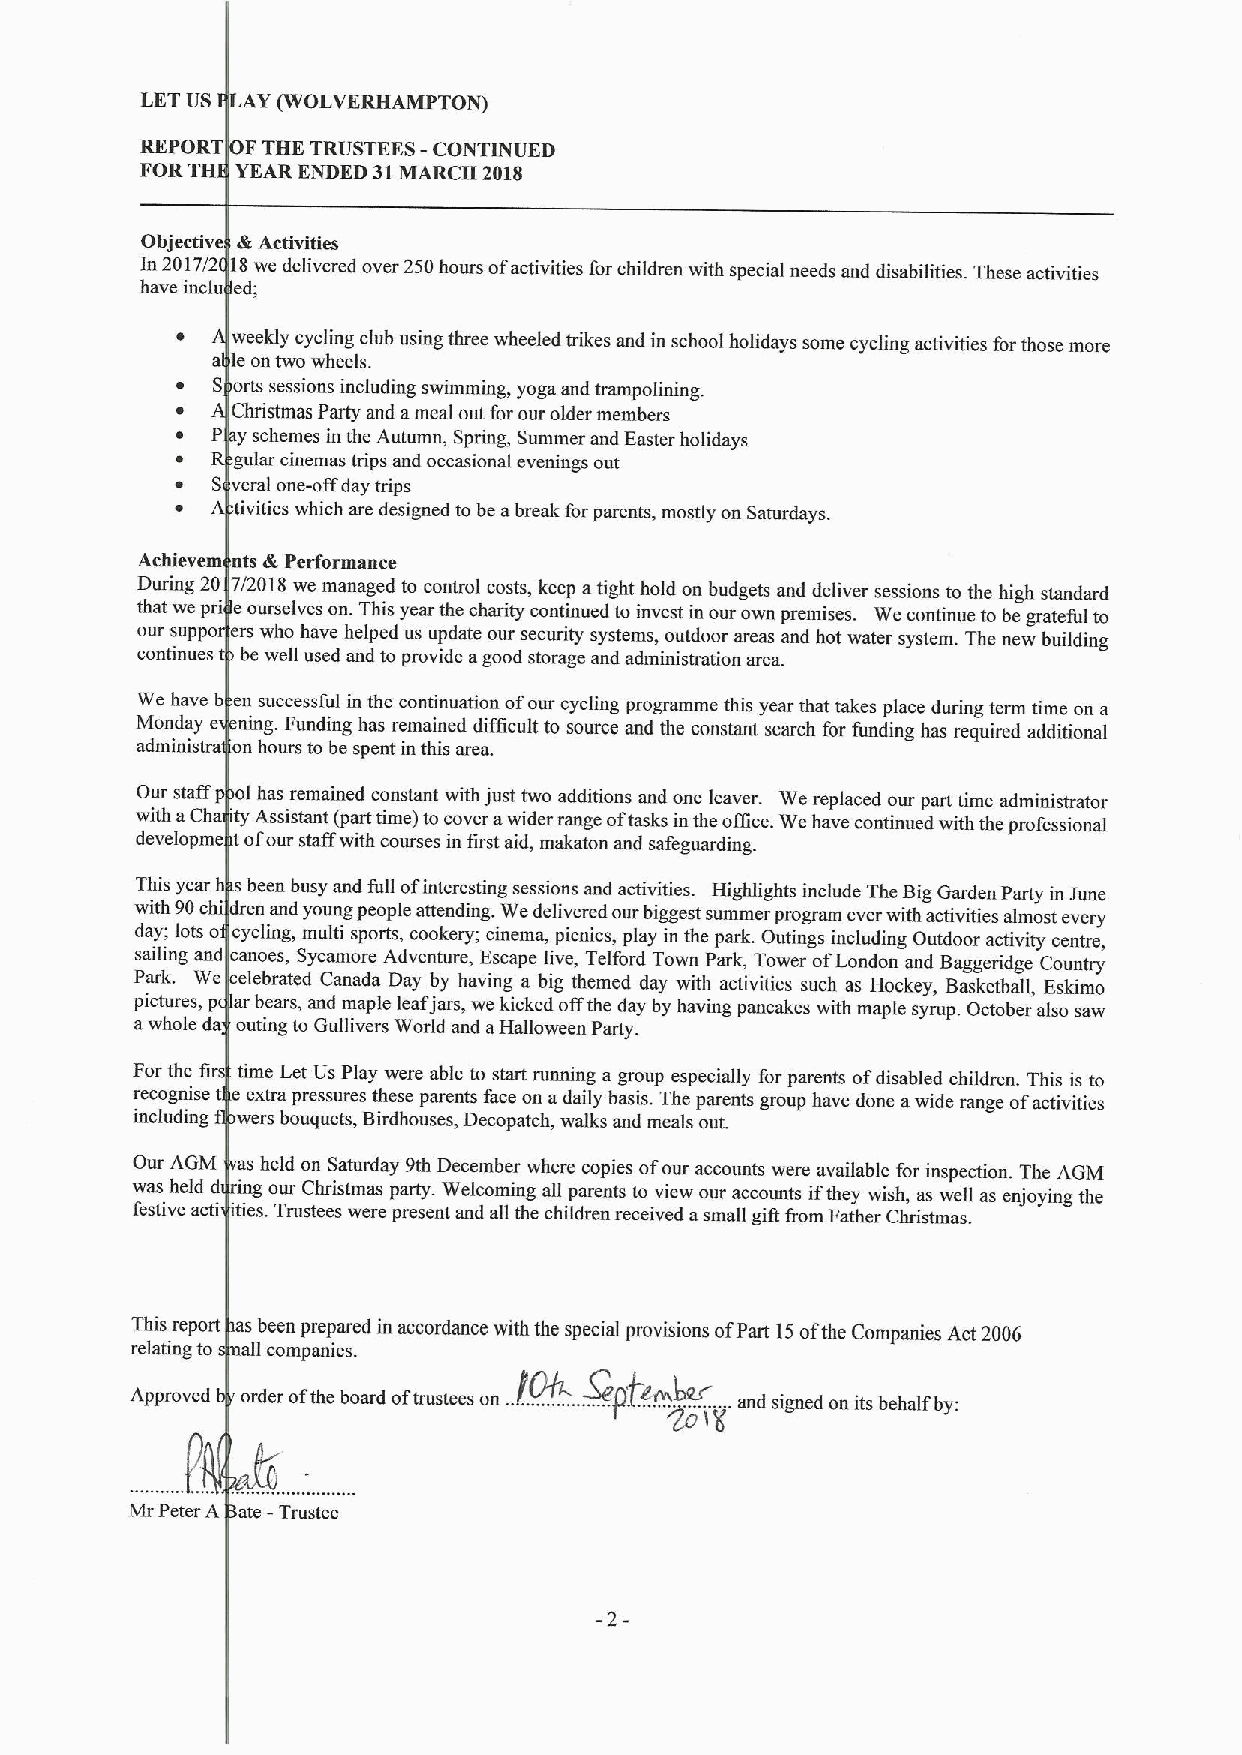
LETUS LAY(WOLVERHAMPTON)
 REPORT 0  ETRUSTEES- CONTINUED
 FORTH  YEA[ENDED 31MARCH 2018
 Objective &Actrvities
 In 2017/2 18we delivered over 250hours ofactivities for children with special needs and disabilities. These activities
 have inclu ed;
 weekly cycling club using three wheeled trikes and in school holidays some cycling activities forthose more
 a le on twowheels.
 ~ S orts sessions including swimming, yoga and trampolining.
 Christm as Party and ameal out for our older members
 ~ P ysebum es in the Autumn, Spring, Summer and Easter holidays
 guiar &inemas ulps and occasional evenings out
 ~ S     e-offday trips
 tivitie) which are designed to be abreak for parents, mostly on Saturdays.
 Achievem nts &Performance
 During 20 7/201] we managed to control costs, keep atight hold on budgets and deliver sessions to the high standard
 that we pri eours~Ives on. This year the charity continued to invest in our own premises. We continue to be grateful to
 our suppo ers whohave helped us update our security systems, outdoor areas and hot water system. The new building
 continues be w ll used and to provide agood storage and administration area.
 We have b en suqcessful in the continuation ofour cycling programme this year that takes place during term time on a
 Monday e ning. unding has remained difficult to source and the constant search for funding has required additional
 adminisu a on ho sto be spent in this area.
 Our staff ol ha~ remained constant with just two additions and one leaver. We replaced our part time administrator
 with aCh ty As istant (part time) to cover awider range oftasks in the office.Wehave continued with the professional
 developme tofo staffwith courses in first aid, makaton and safeguarding.
 This year sbee busy and full ofinteresting sessions and activities. Highlights include The BigGarden Party in June
 with 90chi dren aud young people attending. 1Wedelivered our biggest summer program ever with activities almost every
 day; lots o cycling ,multi sports, cookery; cinema, picnics, play in the park. Outings including Outdoor activity centre,
 sailing and canoed, Sycamore Adventure, Escape live, Telford Town Park, Tower ofLondon and Baggeridge Country
 Park. We celeb'ed Canada Day by having a big themed day with activities such as Hockey, Basketball, Eskimo
 pictures, p ar beaIs, and maple leafjars, we kicked offthe day by having pancakes with maple syrup. October also saw
 awhole da outing to Gullivers World and aHalloween Party.
 l
 For the time et Us Play were able to start running a group especially for parents ofdisabled children. This is to
 recognise t pressures these parents face on adaily basis. The parents group have done awide range ofactivities
 including ouquets, Birdhouses, Decopatch, walks and meals out.
 Our AGM as held on Saturday 9th December where copies ofour accounts were available for inspection. The AGM
 was held d nlg olp/r Christmas party. Welcoming all parents to view our accounts if they wish, as well as enjoying the
 festive acti ities. TTrustees were present and all the children received asmall gift from Father Christmas.
 f,
 This report as betrn prepared in accordance with the special provisions ofPart 15ofthe Companies Act 2006
 relating to all companies.
 ..          .
 ,, ,, ,    ,
 Approved d~ ffh h d      /.   . pf,  . . d da    hhffhf:
 &IS
 Mr Peter A ate -Trustee